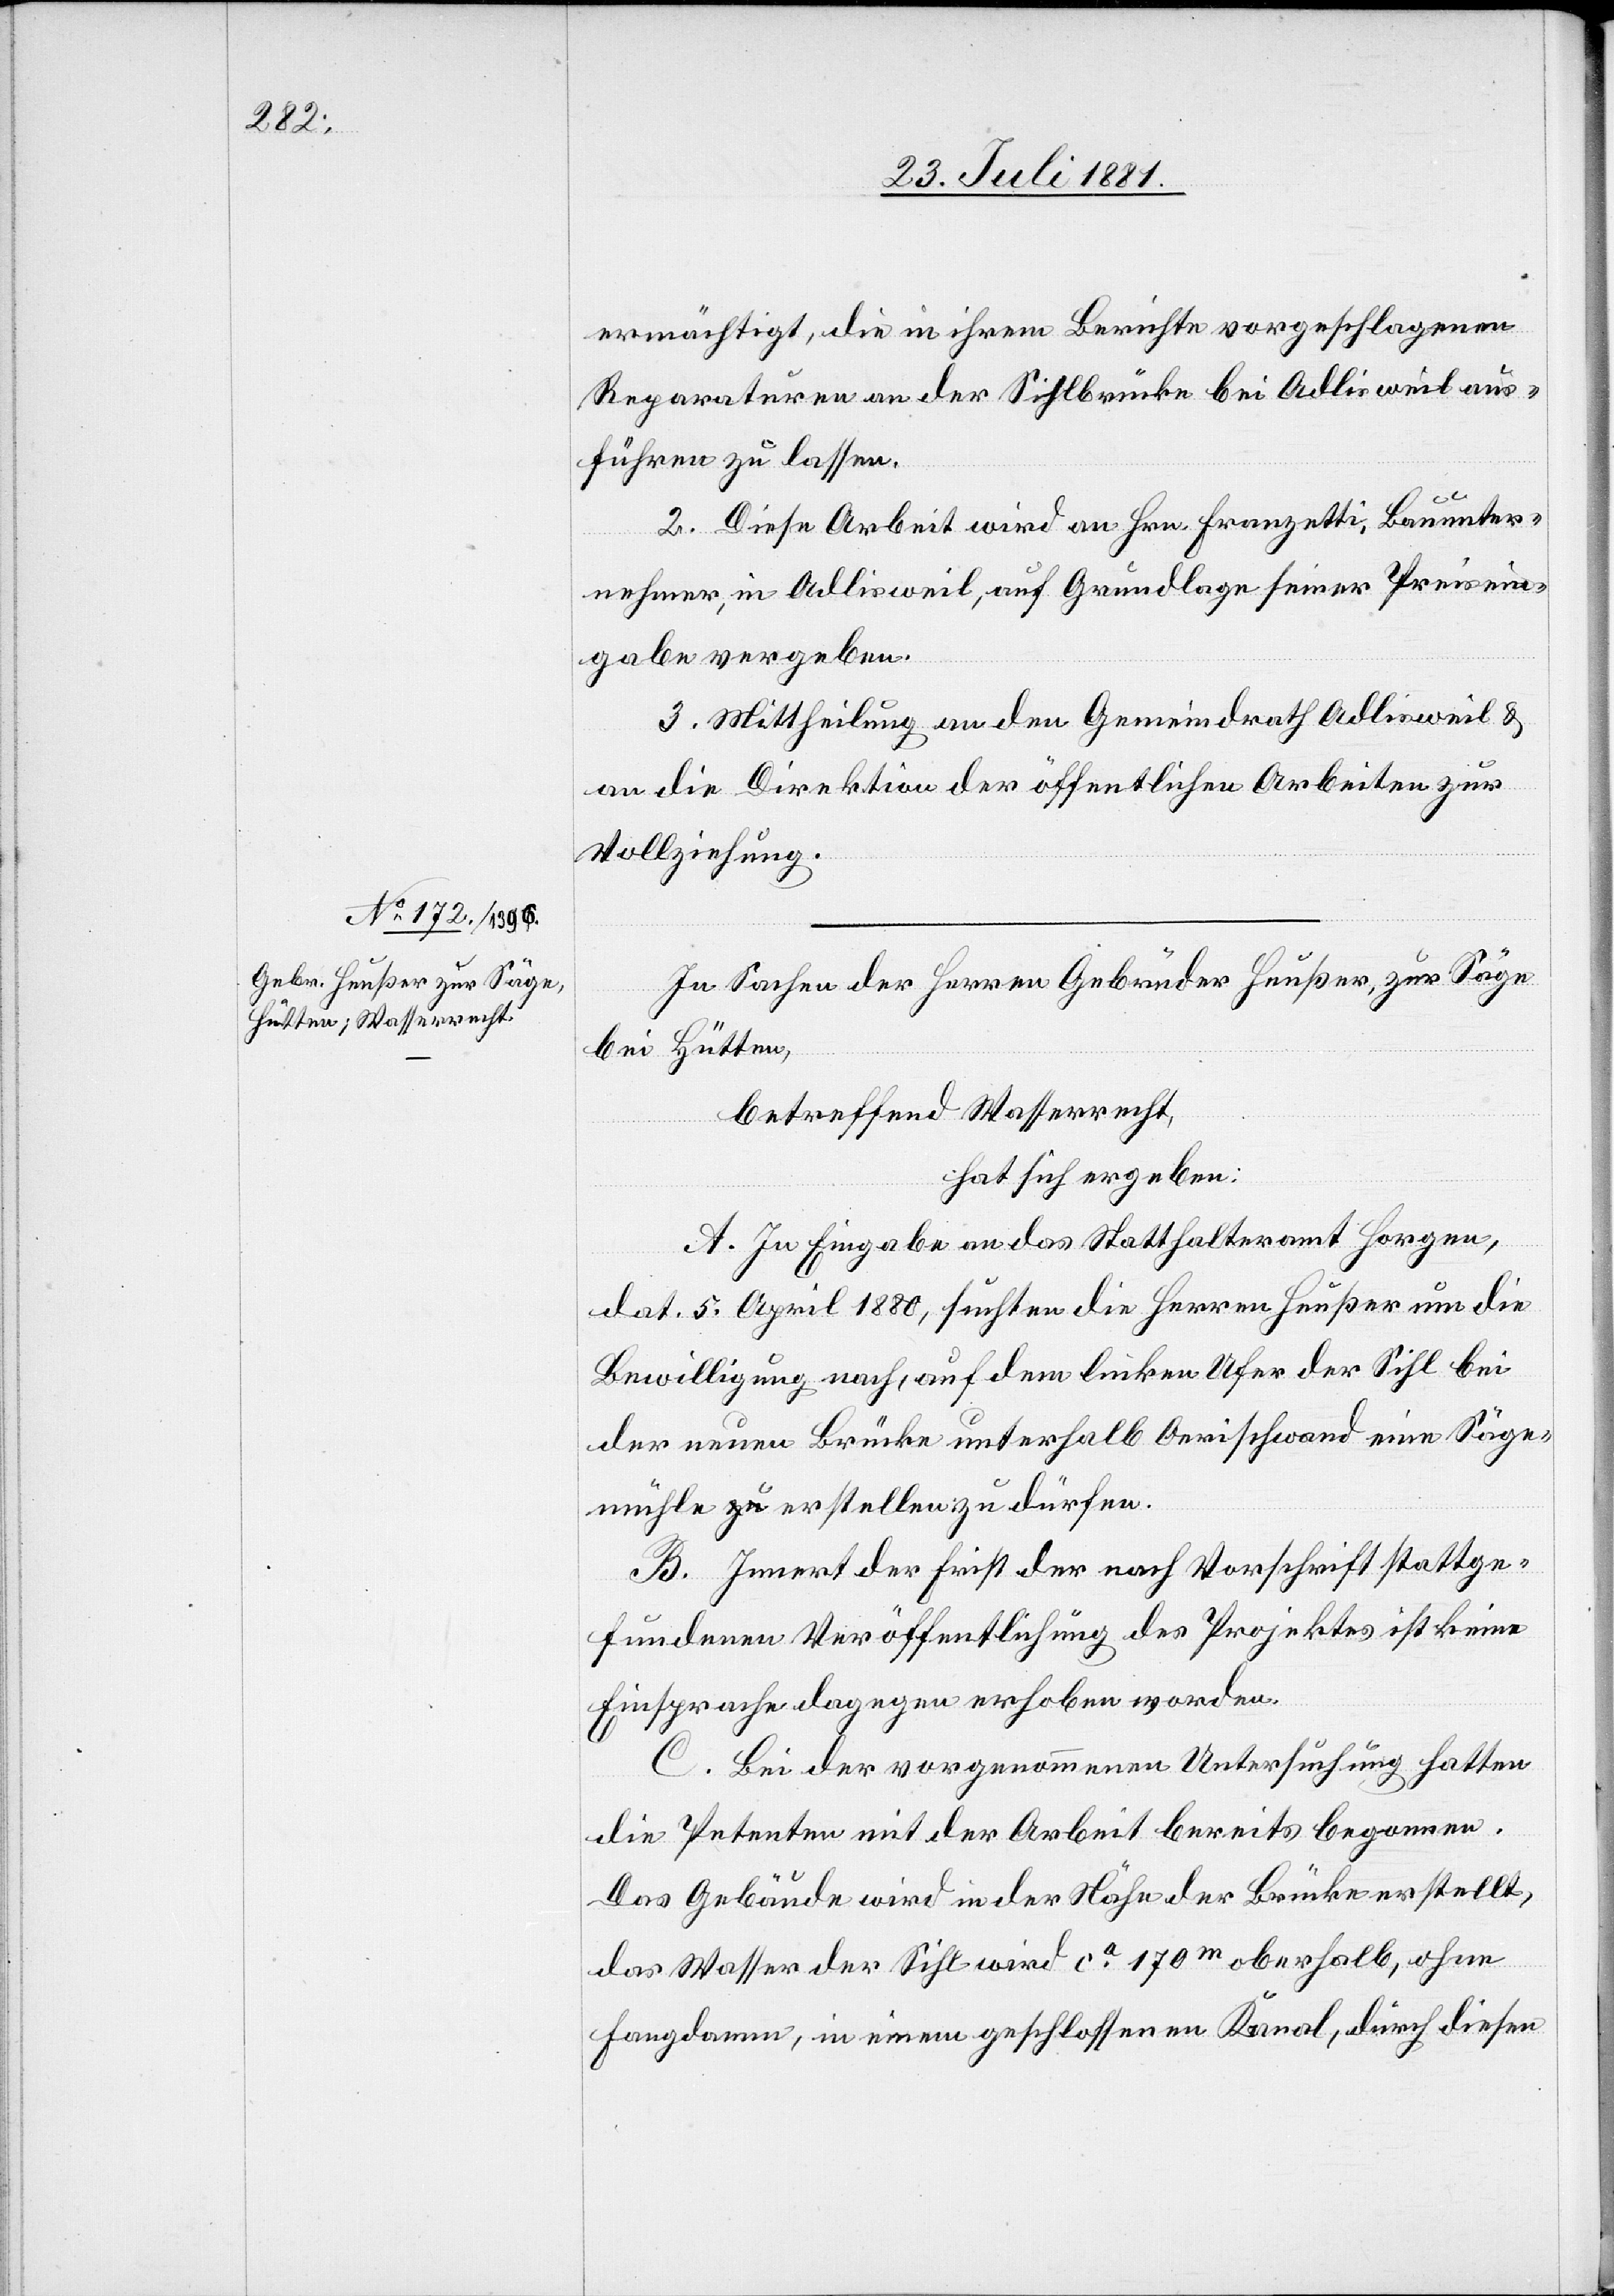
ermächtigt die in ihrem Berichte vorgeschlagenen
Reparaturen an der Sihlbrücke bei Adlisweil aus¬
führen zu lassen.
2. Diese Arbeit wird an Hrn. Franzetti, Bauunter¬
nehmer, in Adlisweil, auf Grundlage seiner Preisein¬
gabe vergeben.
3. Mittheilung an den Gemeindrath Adlisweil &
an die Direktion der öffentlichen Arbeiten zur
Vollziehung.
In Sachen der Herren Gebrüder Heußer, zur Säge
bei Hütten,
betreffend Wasserrecht,
hat sich ergeben:
A. In Eingabe an das Statthalteramt Horgen,
dat. 5. April 1880, suchten die Herren Heußer um die
Bewilligung nach, auf dem linken Ufer der Sihl bei
der neuen Brücke unterhalb Oerischwand eine Säge¬
mühle erstellen zu dürfen.
B. Innert der Frist der nach Vorschrift stattge¬
fundenen Veröffentlichung des Projektes ist keine
Einsprache dagegen erhoben worden.
C. Bei der vorgenommenen Untersuchung hatten
die Petenten mit der Arbeit bereits begonnen.
Das Gebäude wird in der Nähe der Brücke erstellt,
das Wasser der Sihl wird ca 170m oberhalb, ohne
Fangdamm, in einen geschlossenen Kanal, durch diesen